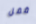
قفل